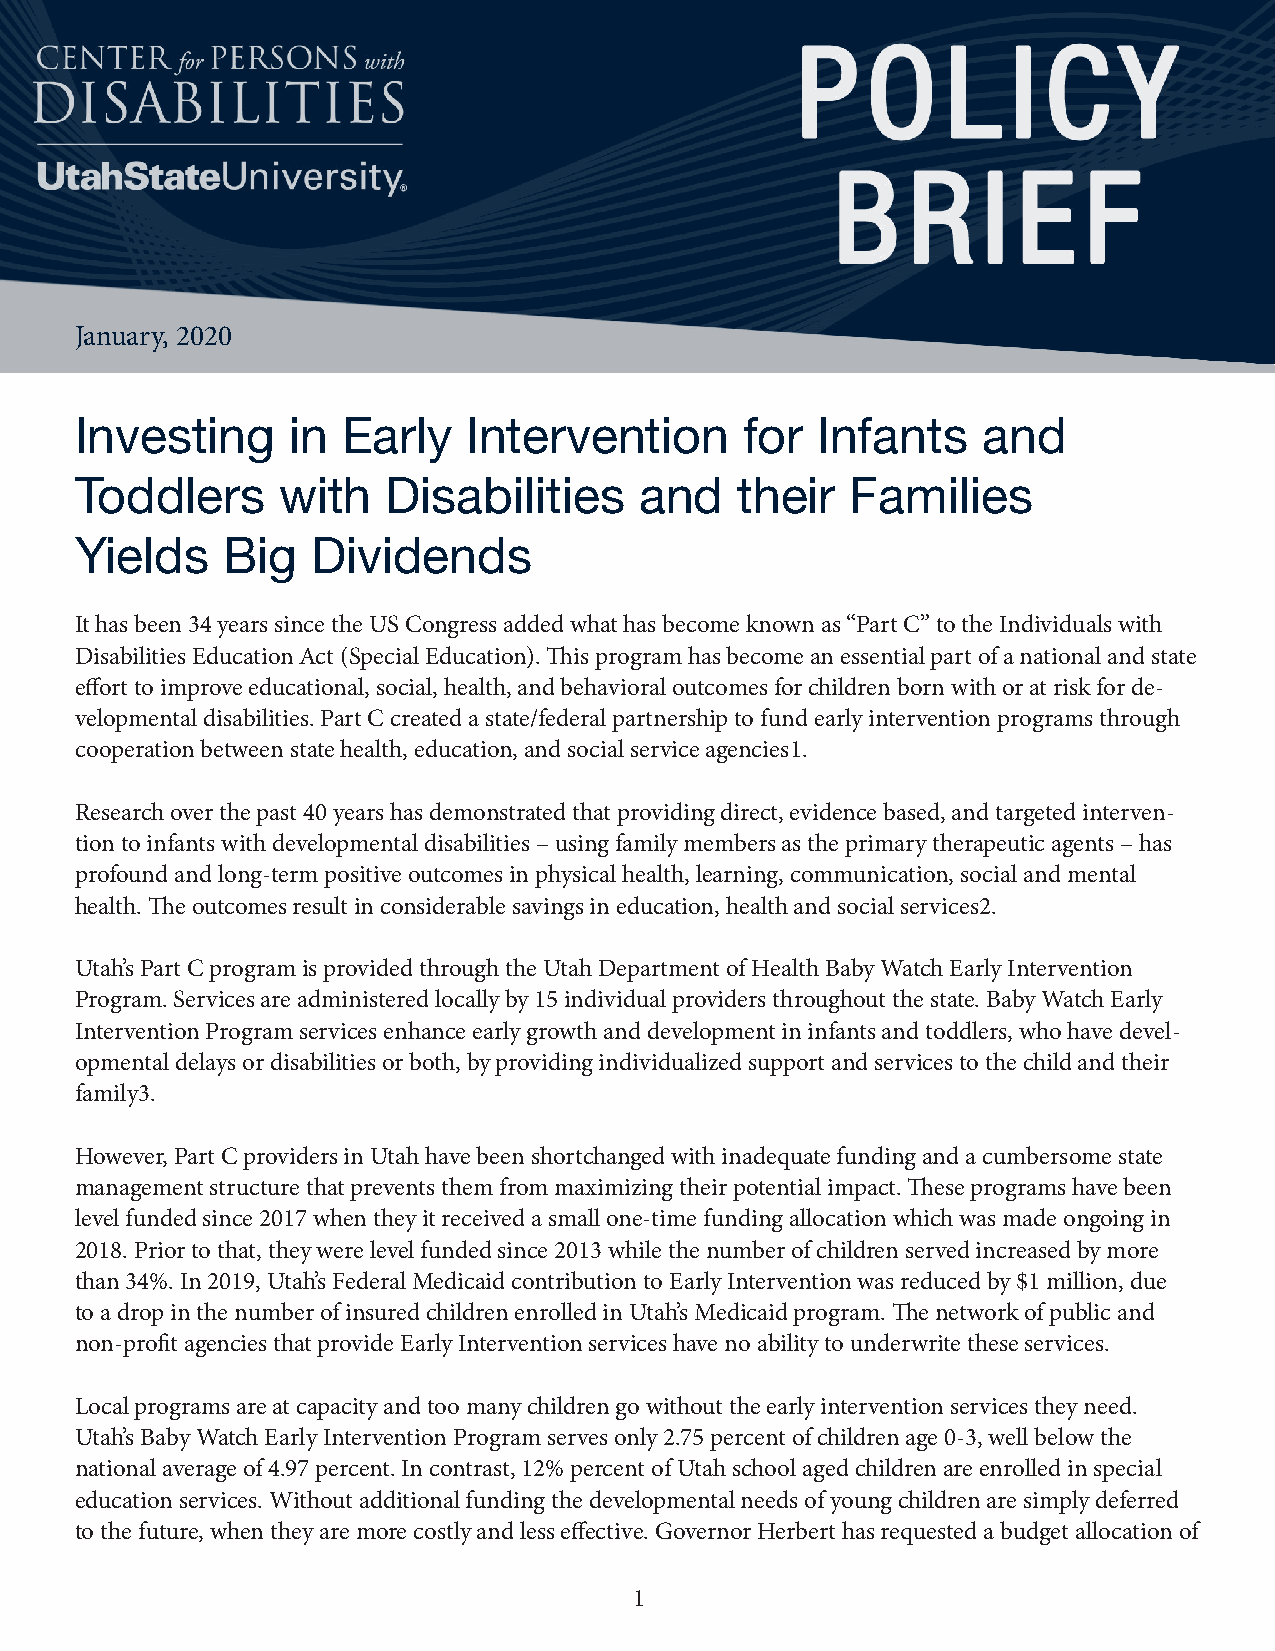
January, 2020
 Investing     in  Early   Intervention      for  Infants    and
 Toddlers      with   Disabilities    and    their  Families
 Yields    Big   Dividends
 It has been 34 years since the US Congress added what has become known as “Part C” to the Individuals with
 Disabilities Education Act (Special Education). This program has become an essential part of a national and state
 effort to improve educational, social, health, and behavioral outcomes for children born with or at risk for de-
 velopmental disabilities. Part C created a state/federal partnership to fund early intervention programs through
 cooperation between state health, education, and social service agencies1.
 Research over the past 40 years has demonstrated that providing direct, evidence based, and targeted interven-
 tion to infants with developmental disabilities – using family members as the primary therapeutic agents – has
 profound and long-term positive outcomes in physical health, learning, communication, social and mental
 health. The outcomes result in considerable savings in education, health and social services2.
 Utah’s Part C program is provided through the Utah Department of Health Baby Watch Early Intervention
 Program. Services are administered locally by 15 individual providers throughout the state. Baby Watch Early
 Intervention Program services enhance early growth and development in infants and toddlers, who have devel-
 opmental delays or disabilities or both, by providing individualized support and services to the child and their
 family3.
 However, Part C providers in Utah have been shortchanged with inadequate funding and a cumbersome state
 management structure that prevents them from maximizing their potential impact. These programs have been
 level funded since 2017 when they it received a small one-time funding allocation which was made ongoing in
 2018. Prior to that, they were level funded since 2013 while the number of children served increased by more
 than 34%. In 2019, Utah’s Federal Medicaid contribution to Early Intervention was reduced by $1 million, due
 to a drop in the number of insured children enrolled in Utah’s Medicaid program. The network of public and
 non-profit agencies that provide Early Intervention services have no ability to underwrite these services.
 Local programs are at capacity and too many children go without the early intervention services they need.
 Utah’s Baby Watch Early Intervention Program serves only 2.75 percent of children age 0-3, well below the
 national average of 4.97 percent. In contrast, 12% percent of Utah school aged children are enrolled in special
 education services. Without additional funding the developmental needs of young children are simply deferred
 to the future, when they are more costly and less effective. Governor Herbert has requested a budget allocation of
 1